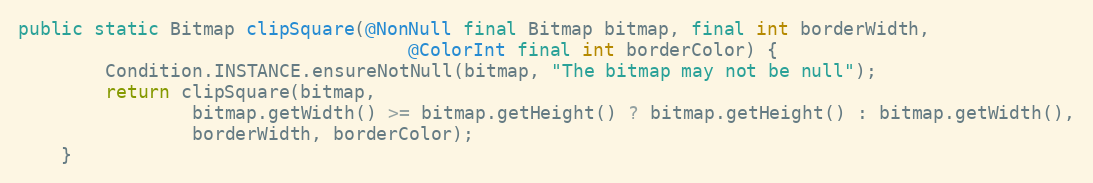
Language: Java
public static Bitmap clipSquare(@NonNull final Bitmap bitmap, final int borderWidth,
                                    @ColorInt final int borderColor) {
        Condition.INSTANCE.ensureNotNull(bitmap, "The bitmap may not be null");
        return clipSquare(bitmap,
                bitmap.getWidth() >= bitmap.getHeight() ? bitmap.getHeight() : bitmap.getWidth(),
                borderWidth, borderColor);
    }